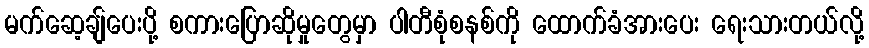
မက်ဆေ့ချ်ပေးပို့ စကားပြောဆိုမှုတွေမှာ ပါတီစုံစနစ်ကို ထောက်ခံအားပေး ရေးသားတယ်လို့